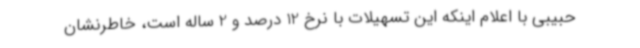
حبیبی با اعلام اینکه این تسهیلات با نرخ 12 درصد و 2 ساله است، خاطرنشان